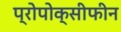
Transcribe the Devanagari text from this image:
प्रोपोक्सीफीन